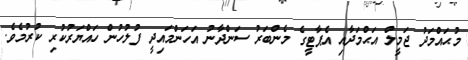
މުޙައްމަދު ޖަމީލް އަޙްމަދާއި އެޕާޓީގެ މެންބަރު ސަންދާނު އަހަންމައިދީ ފުލުހުން ހައްޔަރުކުރި ކުރުމެވެ.